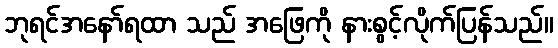
ဘုရင်အနော်ရထာ သည် အဖြေကို နားစွင့်လိုက်ပြန်သည်။